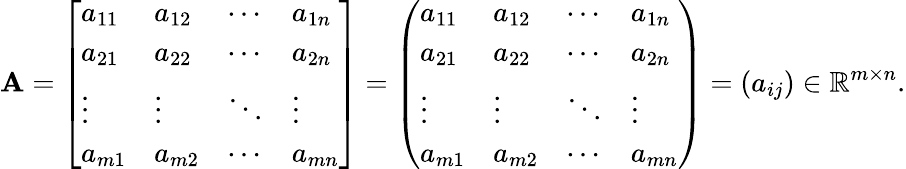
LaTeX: \mathbf{A}={\left[\begin{array}{llll}{a_{11}}&{a_{12}}&{\cdots}&{a_{1n}}\\ {a_{21}}&{a_{22}}&{\cdots}&{a_{2n}}\\ {\vdots}&{\vdots}&{\ddots}&{\vdots}\\ {a_{m1}}&{a_{m2}}&{\cdots}&{a_{mn}}\end{array}\right]}={\left(\begin{array}{llll}{a_{11}}&{a_{12}}&{\cdots}&{a_{1n}}\\ {a_{21}}&{a_{22}}&{\cdots}&{a_{2n}}\\ {\vdots}&{\vdots}&{\ddots}&{\vdots}\\ {a_{m1}}&{a_{m2}}&{\cdots}&{a_{mn}}\end{array}\right)}=\left(a_{ij}\right)\in\mathbb{R}^{m\times n}.